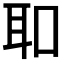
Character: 𦔻